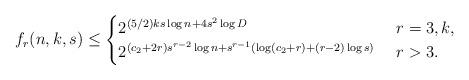
LaTeX: \begin{align*}f_{r}(n,k,s)\le \begin{cases} 2^{(5/2)ks\log n+4s^2\log D} & \ r=3, k, \\ 2^{(c_2+2r)s^{r-2}\log n+s^{r-1}(\log(c_2+r)+(r-2)\log s)} & \ r>3. \end{cases}\end{align*}